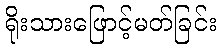
ရိုးသားဖြောင့်မတ်ခြင်း